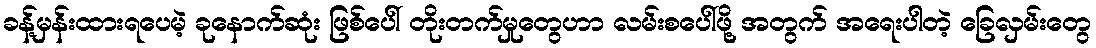
ခန့်မှန်းထားရပေမဲ့ ခုနောက်ဆုံး ဖြစ်ပေါ် တိုးတက်မှုတွေဟာ လမ်းစပေါ်ဖို့ အတွက် အရေးပါတဲ့ ခြေလှမ်းတွေ